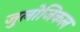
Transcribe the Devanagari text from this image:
जुलोजिकल